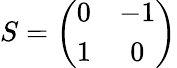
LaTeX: S=\left(\begin{array}{cc}{{0}}&{{-1}}\\ {{1}}&{{0}}\end{array}\right)